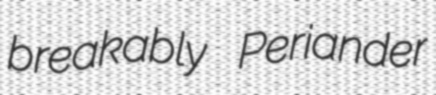
breakably Periander